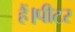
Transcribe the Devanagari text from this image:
हैं।पीटर